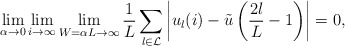
\begin{align*} \lim_{\alpha\to0}\lim_{i\to\infty}\lim_{W=\alpha L\to\infty}\frac{1}{L}\sum_{l\in\mathcal{L}}\left| u_{l}(i) - \tilde{u}\left( \frac{2l}{L}-1 \right)\right|=0, \end{align*}